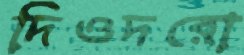
দিওদরো